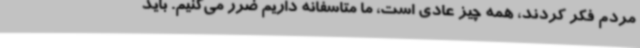
مردم فکر کردند، همه چیز عادی است، ما متاسفانه داریم ضرر می‌کنیم. باید